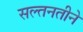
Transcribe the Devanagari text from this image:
सल्तनतीने